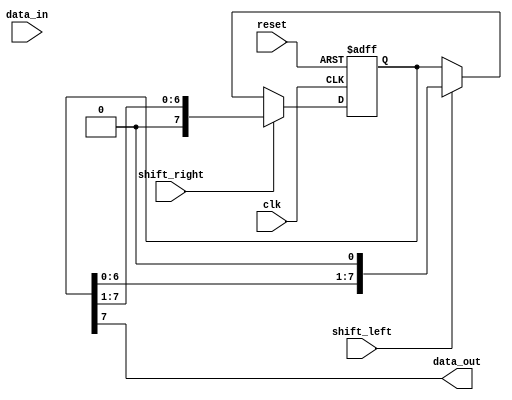
module bidirectional_shift_register (
  input wire clk,          // Clock input
  input wire reset,        // Reset input
  input wire shift_right,  // Control signal for shifting right
  input wire shift_left,   // Control signal for shifting left
  input wire data_in,      // Input data
  output wire data_out      // Output data
);

reg [7:0] reg_data; // 8-bit shift register

always @(posedge clk or posedge reset) begin
  if (reset) begin
    reg_data <= 8'b0;
  end else begin
    if (shift_right) begin
      reg_data <= {1'b0, reg_data[7:1]}; // Shift right
    end else if (shift_left) begin
      reg_data <= {reg_data[6:0], 1'b0}; // Shift left
    end else begin
      reg_data <= reg_data; // No shift
    end
  end
end

assign data_out = reg_data[7]; // Output data is the MSB of the shift register

endmodule